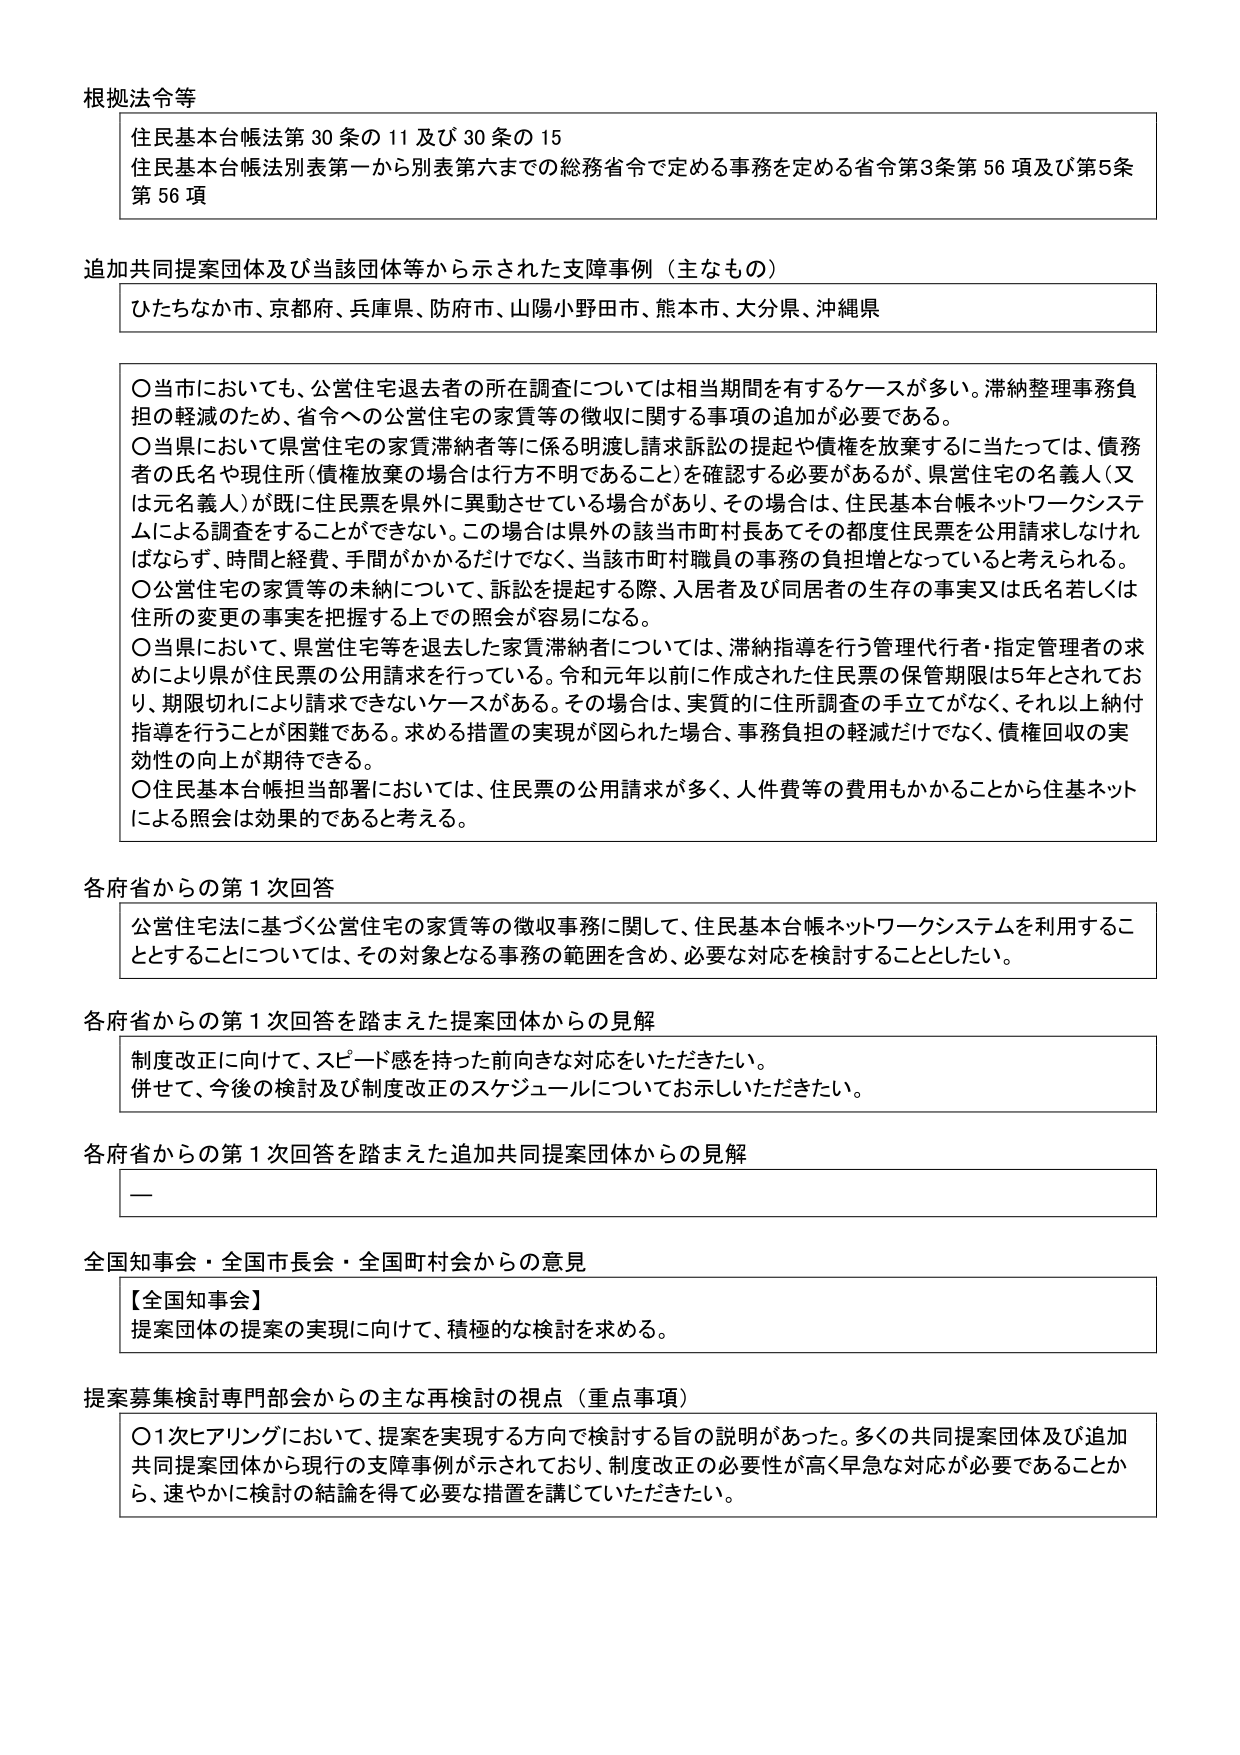
根拠法令等
住民基本台帳法第30条の11及び30条の15
住民基本台帳法別表第一から別表第六までの総務省令で定める事務を定める省令第3条第56項及び第5条第56項

追加共同提案団体及び当該団体等から示された支援事例（主なもの）
ひたちなか市、京都府、兵庫県、防府市、山陽小野田市、熊本市、大分県、沖縄県

〇当市においても、公営住宅退去者の所在調査については相当期間を有するケースが多い。滞納整理事務負担の軽減のため、省令への公営住宅の家賃等の徴収に関する事項の追加が必要である。
〇当県においては県営住宅の家賃滞納者等に係る明渡し請求訴訟の提起や債権を放棄するに当たっては、債務者の氏名や現住所（債権放棄の場合は行方不明であること）を確認する必要があるが、県営住宅の名義人（又は元名義人）が既に住民票を県外に異動させている場合があり、その場合は、住民基本台帳ネットワークシステムによる調査をすることができない。この場合は県外の該当市町村長あてその都度住民票を公用請求しなければならず、時間と経費、手間がかかるだけでなく、当該市町村職員の事務の負担増となっていると考えられる。
〇公営住宅の家賃等の未納について、訴訟を提起する際、入居者及び同居者の生存の事実又は氏名若しくは住所の変更の事実を把握する上での照会が容易になる。
〇当県において、県営住宅等を退去した家賃滞納者については、滞納指導を行う管理代行者・指定管理者の求めにより県が住民票の公用請求を行っている。令和元年以前に作成された住民票の保管期限は5年とされており、期限切れにより請求できないケースがある。その場合は、実質的に住所調査の手立てがなく、それ以上納付指導を行うことが困難である。求める措置の実現が図られた場合、事務負担の軽減だけでなく、債権回収の実効性の向上が期待できる。
〇住民基本台帳担当部署においては、住民票の公用請求が多く、人件費等の費用もかかることから住基ネットによる照会は効果的であると考える。

各府省からの第1次回答
公営住宅法に基づく公営住宅の家賃等の徴収事務に関して、住民基本台帳ネットワークシステムを利用するこ ととすることについては、その対象となる事務の範囲を含め、必要な対応を検討することとしたい。

各府省からの第1次回答を踏まえた提案団体からの見解
制度改正に向けて、スピード感を持った前向きな対応をいただきたい。
併せて、今後の検討及び制度改正のスケジュールについてお示しいただきたい。

各府省からの第1次回答を踏まえた追加共同提案団体からの見解
ー

全国知事会・全国市長会・全国町村会からの意見
【全国知事会】
提案団体の提案の実現に向けて、積極的な検討を求める。

提案募集検討専門部会からの主な再検討の視点（重点事項）
〇1次ヒアリングにおいて、提案を実現する方向で検討する旨の説明があった。多くの共同提案団体及び追加共同提案団体から現行の支援事例が示されており、制度改正の必要性が高く早急な対応が必要であることから、速やかに検討の結論を得て必要な措置を講じていただきたい。